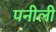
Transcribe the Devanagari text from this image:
पनीली